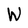
Character: W